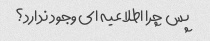
پس چرا اطلاعیه ای وجود ندارد؟